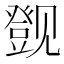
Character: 𬢔